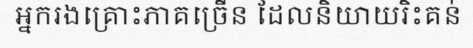
អ្នករងគ្រោះភាគច្រើន ដែលនិយាយរិះគន់